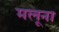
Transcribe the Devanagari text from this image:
मलूना